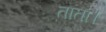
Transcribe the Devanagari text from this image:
ताता।